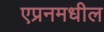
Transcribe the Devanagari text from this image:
एप्रनमधील